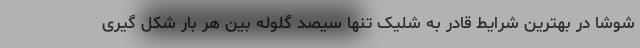
شوشا در بهترین شرایط قادر به شلیک تنها سیصد گلوله بین هر بار شکل گیری